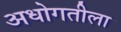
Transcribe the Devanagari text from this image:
अधोगतीला